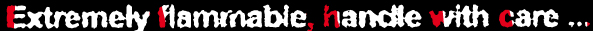
Extremely flammable, handle with care ...